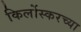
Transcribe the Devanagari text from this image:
किर्लोस्करच्या